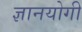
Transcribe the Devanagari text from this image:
ज्ञानयोगी